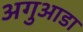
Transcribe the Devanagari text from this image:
अगुआडा